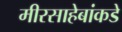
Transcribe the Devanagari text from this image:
मीरसाहेबांकडे